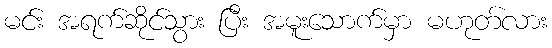
မင်း အရက်ဆိုင်သွား ပြီး အမူးသောက်မှာ မဟုတ်လား